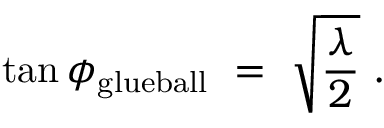
\tan \phi _ { \mathrm { g l u e b a l l } } \ = \ \sqrt { \frac \lambda 2 } \ .